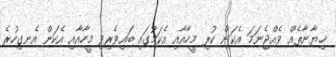
ޚިޔާނާތެއް ވެއްޖެނަމަ އެކަން ކުރި މީހާއާއި އެކަމުގައި ބައިވެރިވި މީހާއާއި އެކަން އެނގިހުރެ